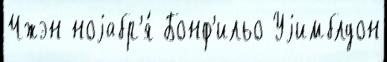
Чжэн ноjабр'я́ Бонф'ильо Уjимблдон